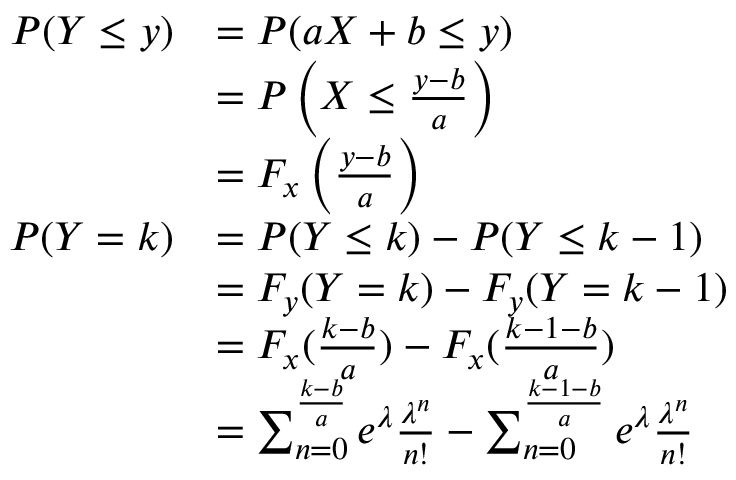
\begin{array} { r l } { P ( Y \leq y ) } & { = P ( a X + b \leq y ) } \\ & { = P \left( X \leq \frac { y - b } { a } \right) } \\ & { = F _ { x } \left( \frac { y - b } { a } \right) } \\ { P ( Y = k ) } & { = P ( Y \leq k ) - P ( Y \leq k - 1 ) } \\ & { = F _ { y } ( Y = k ) - F _ { y } ( Y = k - 1 ) } \\ & { = F _ { x } ( \frac { k - b } { a } ) - F _ { x } ( \frac { k - 1 - b } { a } ) } \\ & { = \sum _ { n = 0 } ^ { \frac { k - b } { a } } e ^ { \lambda } \frac { \lambda ^ { n } } { n ! } - \sum _ { n = 0 } ^ { \frac { k - 1 - b } { a } } e ^ { \lambda } \frac { \lambda ^ { n } } { n ! } } \end{array}